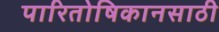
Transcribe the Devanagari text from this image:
पारितोषिकानसाठी